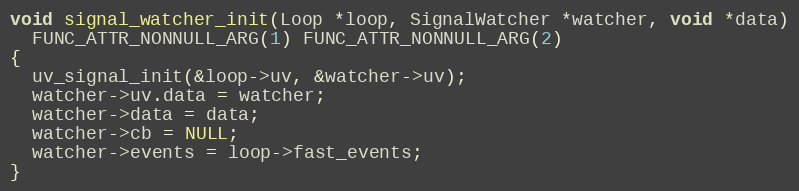
Language: C
void signal_watcher_init(Loop *loop, SignalWatcher *watcher, void *data)
  FUNC_ATTR_NONNULL_ARG(1) FUNC_ATTR_NONNULL_ARG(2)
{
  uv_signal_init(&loop->uv, &watcher->uv);
  watcher->uv.data = watcher;
  watcher->data = data;
  watcher->cb = NULL;
  watcher->events = loop->fast_events;
}